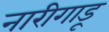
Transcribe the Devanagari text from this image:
नारीगाडू